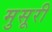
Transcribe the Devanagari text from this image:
मुसूरी